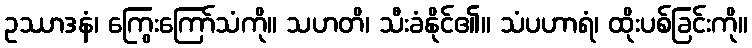
ဥဿာဒနံ၊ ကြွေးကြော်သံကို။ သဟတိ၊ သီးခံနိုင်၏။ သံပဟာရံ၊ ထိုးပစ်ခြင်းကို။